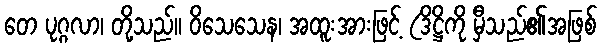
တေ ပုဂ္ဂလာ၊ တို့သည်။ ဝိသေသေန၊ အထူးအားဖြင့် (ဒိဋ္ဌိကို မှီသည်၏အဖြစ်